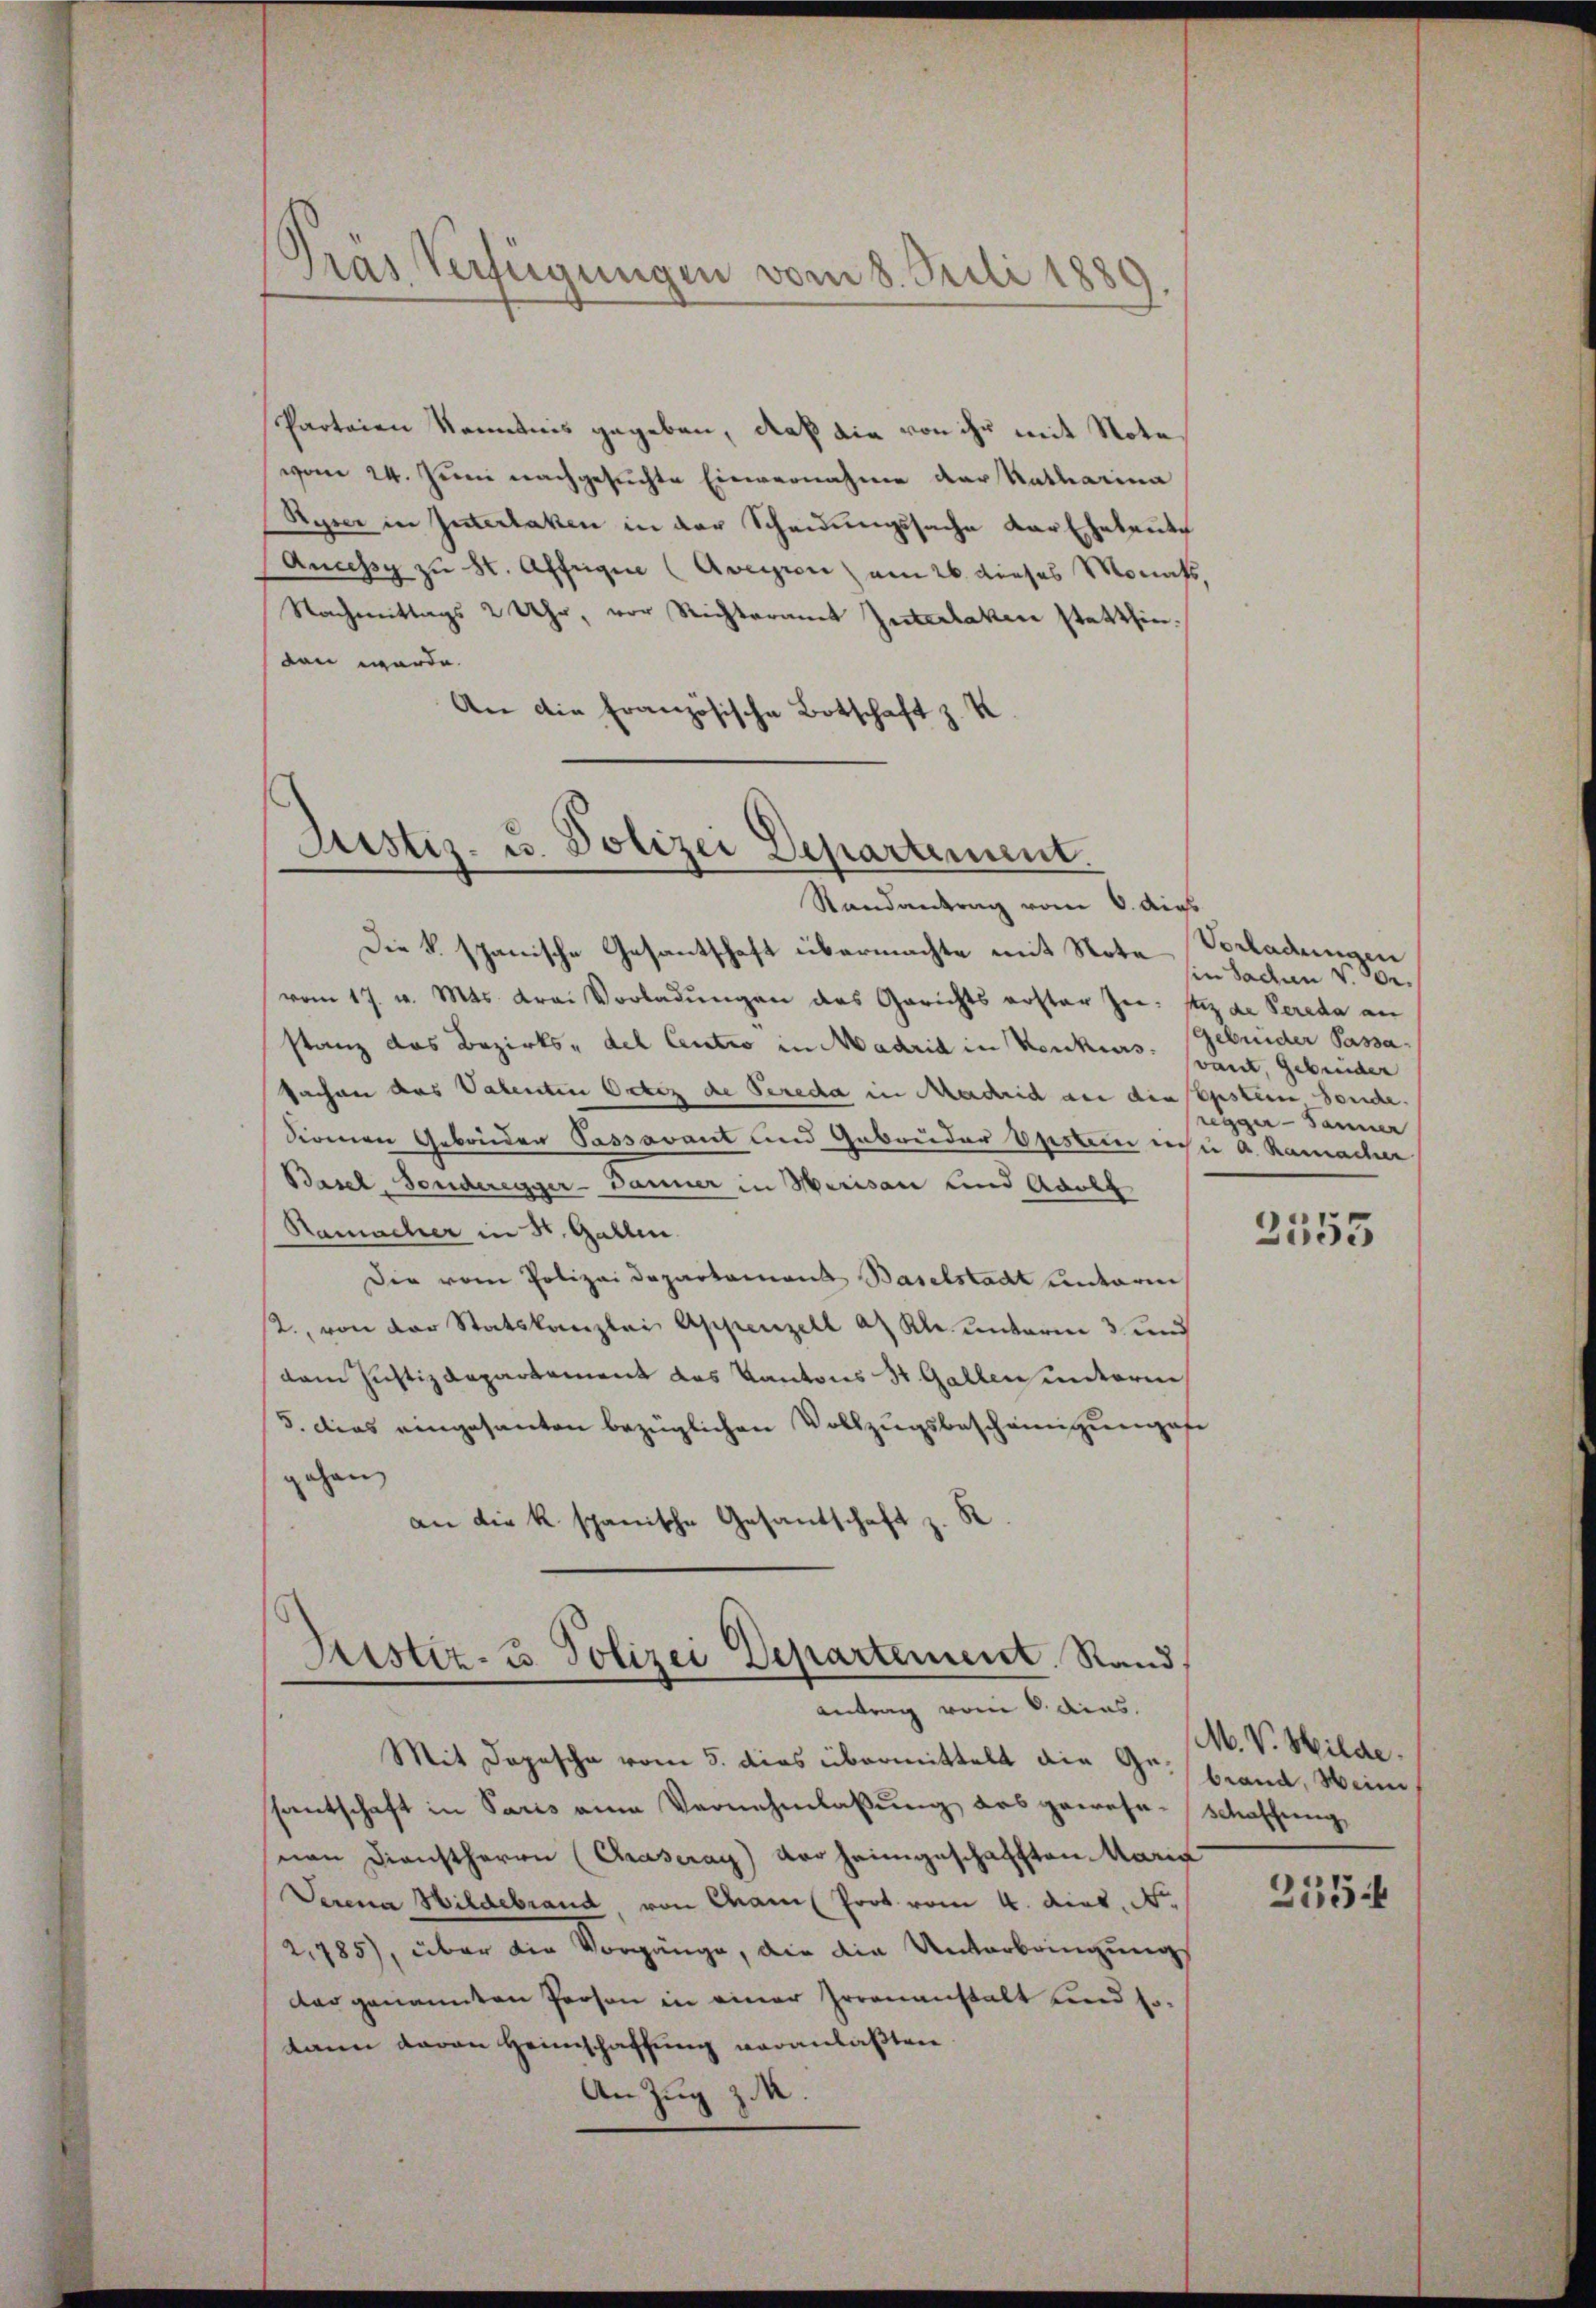
Gras Verfügungen vom 8. Juli 1889

Parteien Kenntnis gegeben, daß die von ihr mit Note
vom 24. Juni nachgesuchte Einvernahme der Katharina
Reper in Interlaken in der Scheidungssache der Eheleute
Ancessy zu St. Affeigen (Aversion am 26. dieses Monats,
Nachmittags 2 Uhr, vor Richteramt Zuterlaken statthin.
ten würde.
An die Französische Botschaft z. K.

Justiz- u. Polizei Departement.

Randantrag vom 6. dies
Die S. spanische Gesantschaft übermachte mit Note
vom 17. v. Mts. Frei Vorladungen das Gerichts erster Zei: stiz de Pereda an
stanz das Bezirks- del Centro in Madrid in Konkurs sonnt, Gebrüder
Sachen das Valenten Ortes de Sereda in Mascheid an die Epstein sonde.
direnen Gebrüder Passavant und Gebrüder Erstein eichn a. Ramacher
Basel, Sonderegger-Banner in Merisau und Adolf
Namacher in St. Gallen.
Die vom Polizei Departament Baselstadt untarie
2., von der Statskanzlei Appenzell an Kl. unterm 3. und
dam Justizdepartement das Kantons St. Gallen unterm
5. dies eingesanten bezüglichen Vollzugsbescheinigungefe
gehen
an die k. spanische Gesantschaft z. R

Justiz- & Polizei Departement Rand,
Antrag vom 8. dies

Mit Depesche vom 5. dies übermittelt die Gebrand, Weine
santschaft in Paris eine Vernehmlassung das gewesenschaffung,
von Dienstherrn (Chraseray) vor heimgeschafften Maria
Serena Hildebrand von Cham Prot vom 4. dict. N.
2,785), über die Vorgänge, die die Unterbringung
dar genannten Prosen in einer Irrenanstalt und sokann davon Heimschaffung veranlaßten.
An Zug z.

Vorladungen
sin Saden v. Be¬
Gebrüder Passaregger-Tanner

2553

M. V. Hilde.

255